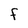
Character: F